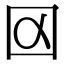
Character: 𡆢